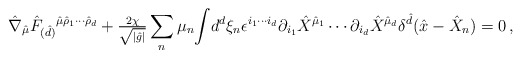
\begin{align*}\hat{\nabla}_{\hat{\mu}}\hat{F}_{(\hat{d})}{}^{\hat{\mu}\hat{\rho}_{1}\cdots\hat{\rho}_{d}}+{\textstyle\frac{2\chi}{\sqrt{|\hat{g}|}}}\sum_{n} \mu_{n}{\displaystyle\int} d^{d}\xi_{n}\epsilon^{i_{1}\cdots i_{d}}\partial_{i_{1}}\hat{X}^{\hat{\mu}_{1}} \cdots \partial_{i_{d}}\hat{X}^{\hat{\mu}_{d}}\delta^{\hat{d}}(\hat{x}-\hat{X}_{n}) = 0\, ,\end{align*}